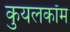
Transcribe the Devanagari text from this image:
कुयलकॉम